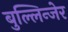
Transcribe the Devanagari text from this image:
बुल्लिन्जेर